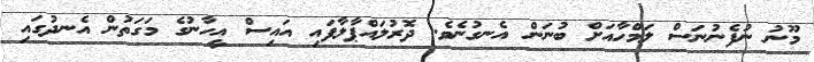
މޫނު ނުފެނުނަސް ލަމްހާއަށް ބުނަން އެނގުނެވެ. ދޮރުލައްޕާލާފައި އައިސް އީހާނުގެ މަގަތުން އެނދުގައި